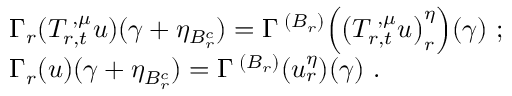
\begin{array} { r l } & { \Gamma _ { r } ^ { { \mathbf \Upsilon } } ( T _ { r , t } ^ { { \mathbf \Upsilon } , { \mu } } u ) ( \gamma + \eta _ { B _ { r } ^ { c } } ) = \Gamma ^ { { \mathbf \Upsilon } ( B _ { r } ) } \Bigl ( \bigl ( T _ { r , t } ^ { { \mathbf \Upsilon } , { \mu } } u \bigr ) _ { r } ^ { \eta } \Bigr ) ( \gamma ) \ ; } \\ & { \Gamma _ { r } ^ { { \mathbf \Upsilon } } ( u ) ( \gamma + \eta _ { B _ { r } ^ { c } } ) = \Gamma ^ { { \mathbf \Upsilon } ( B _ { r } ) } ( u _ { r } ^ { \eta } ) ( \gamma ) \, \, \mathrm { . } } \end{array}